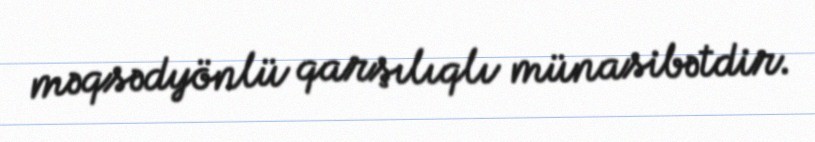
məqsədyönlü qarşılıqlı münasibətdir.